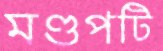
মণ্ডপটি